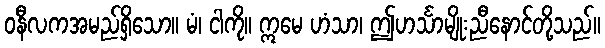
ဝနီလကအမည်ရှိသော။ မံ၊ ငါကို။ ဣမေ ဟံသာ၊ ဤဟင်္သာမျိုးညီနောင်တို့သည်။